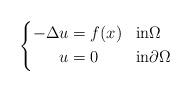
LaTeX: \begin{align*} \left\{\begin{aligned} -\Delta u &= f(x) &&\mbox{in}\Omega \\ u &= 0 &&\mbox{in}\partial \Omega \end{aligned} \right. \end{align*}